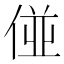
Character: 𠊧